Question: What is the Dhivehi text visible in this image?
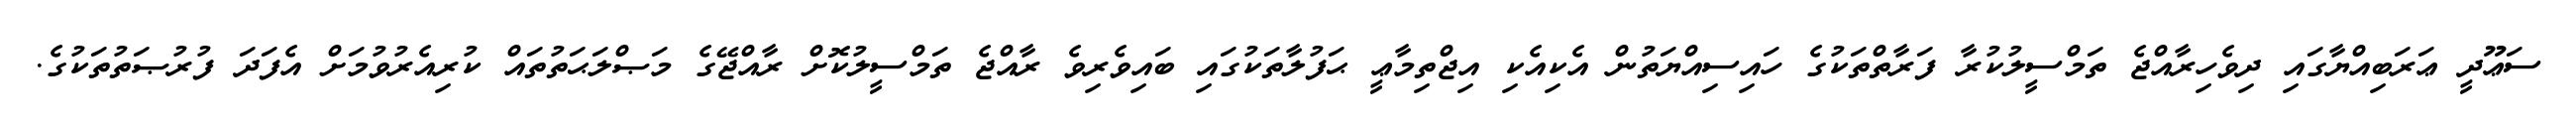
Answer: ސަޢޫދީ ޢަރަބިއްޔާގައި ދިވެހިރާއްޖެ ތަމްސީލުކުރާ ފަރާތްތަކުގެ ހައިސިއްޔަތުން އެކިއެކި އިޖްތިމާޢީ ޙަފުލާތަކުގައި ބައިވެރިވެ ރާއްޖެ ތަމްސީލުކޮށް ރާއްޖޭގެ މަޞްލަޙަތުތައް ކުރިއެރުވުމަށް އެފަދަ ފުރުޞަތުތަކުގެ.